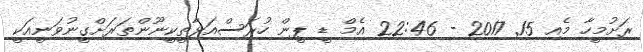
ރަށުމީހާ މެއި 15